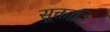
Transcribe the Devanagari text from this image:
सूक्तानि